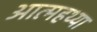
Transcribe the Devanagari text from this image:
आत्महथ्या